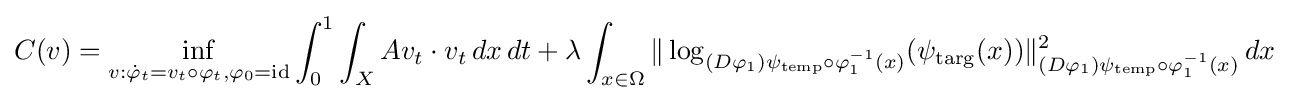
C(v)=\inf _{v:{\dot {\varphi }}_{t}=v_{t}\circ \varphi _{t},\varphi _{0}={\rm {id}}}\int _{0}^{1}\int _{X}Av_{t}\cdot v_{t}\,dx\,dt+\lambda \int _{x\in \Omega }\|\log _{(D\varphi _{1})\psi _{\mathrm {temp} }\circ \varphi _{1}^{-1}(x)}(\psi _{\mathrm {targ} }(x))\|_{(D\varphi _{1})\psi _{\mathrm {temp} }\circ \varphi _{1}^{-1}(x)}^{2}\,dx